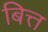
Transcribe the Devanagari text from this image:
बित्त